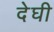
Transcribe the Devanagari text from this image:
देघी